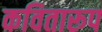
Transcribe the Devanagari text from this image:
कवितारूप